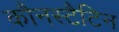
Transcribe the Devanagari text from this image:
कौनस्टैटिन